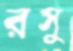
রসু